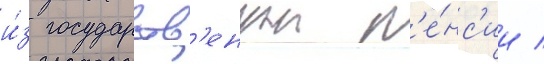
и́з государств'еннои п'е́нс'ии /